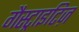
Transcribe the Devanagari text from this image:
गैस्ट्राइटिज़